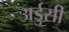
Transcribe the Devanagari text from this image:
अर्डुसी